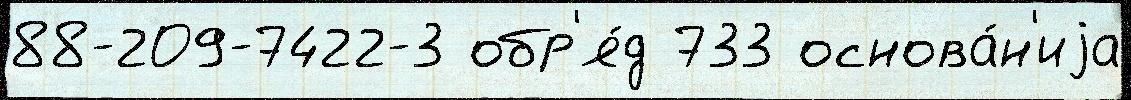
88-209-7422-3 обр'я́д 733 основа́н'иjа